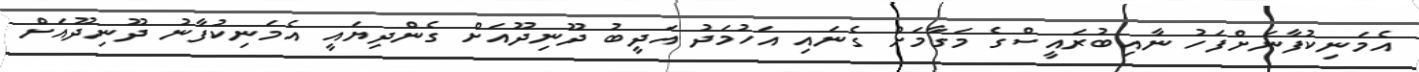
އެމަނިކުފާނަށްފަހު ނާއިބުރައީސްގެ މަގާމަށް ގެނައި އަހުމަދު އަދީބު ދޫނިދޫއަށް ގެންދިޔައީ އެމަނިކުފާނު ދޫނިދޫއަށް